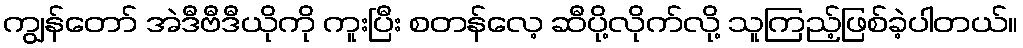
ကျွန်တော် အဲဒီဗီဒီယိုကို ကူးပြီး စတန်လေ့ ဆီပို့လိုက်လို့ သူကြည့်ဖြစ်ခဲ့ပါတယ်။